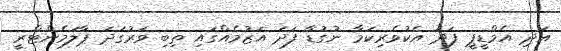
އަދި އެމްޑީޕީ ފަދަ އެކުވެރިކަމާ ނުގުޑާ ފަދަ އަޒުމެއްގައި ތިބި ވަރުގަދަ ޕާލަމެންޓްރީ